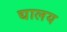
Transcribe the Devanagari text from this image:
द्यालय